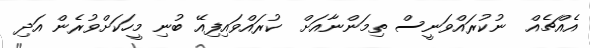
އެއްޗެއް  ނުކުރައްވަނީސް ތިމަންނާއަށް  ކުރައްވައިފިއޭ ބުނި މީހަކަށްވުރެން އަދި